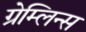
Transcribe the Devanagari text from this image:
ग्रेम्लिन्स